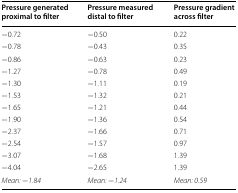
| Pressure generated proximal to filter | Pressure measured distal to filter | Pressure gradient across filter |
 | --- | --- | --- |
 | −0.72 | −0.50 | 0.22 |
 | −0.78 | −0.43 | 0.35 |
 | −0.86 | −0.63 | 0.23 |
 | −1.27 | −0.78 | 0.49 |
 | −1.30 | −1.11 | 0.19 |
 | −1.53 | −1.32 | 0.21 |
 | −1.65 | −1.21 | 0.44 |
 | −1.90 | −1.36 | 0.54 |
 | −2.37 | −1.66 | 0.71 |
 | −2.54 | −1.57 | 0.97 |
 | −3.07 | −1.68 | 1.39 |
 | −4.04 | −2.65 | 1.39 |
 | Mean: −1.84 | Mean: −1.24 | Mean: 0.59 |